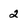
Character: 2